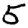
Digit: 5